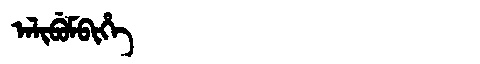
Manchu: ᠠᠯᡳᠪᡠᠮᠪᡳᡥᡝ
Romanization: ALIBUMBIHE